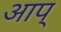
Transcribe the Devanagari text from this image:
आप्